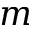
m